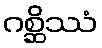
ဂစ္ဆိဿံ